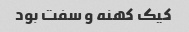
کیک کهنه و سفت بود